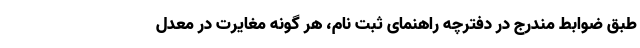
طبق ضوابط مندرج در دفترچه راهنمای ثبت نام، هر گونه مغایرت در معدل